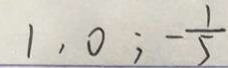
1 , 0 ; - \frac { 1 } { 5 }